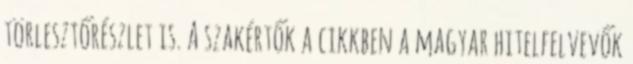
törlesztőrészlet is. A szakértők a cikkben a magyar hitelfelvevők